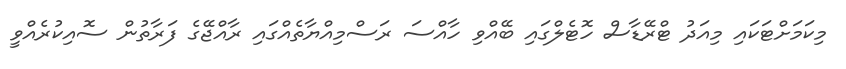
މިކަމަށްޓަކައި މިއަދު ޓްރޭޑާސް ހޮޓެލްގައި ބޭއްވި ހާއްސަ ރަސްމިއްޔާތެއްގައި ރާއްޖޭގެ ފަރާތުން ސޮއިކުރެއްވީ